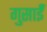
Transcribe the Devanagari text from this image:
गुसाईँ